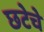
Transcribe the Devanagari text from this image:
छटेचे